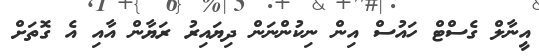
އީނާލް ގެސްޓް ހައުސް އިން ނިކުންނަން ދިޔައިރު ރަޔާން އާއި އެ ގޮތަށް